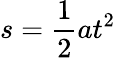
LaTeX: s=\frac{1}{2}at^{2}